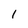
Character: l